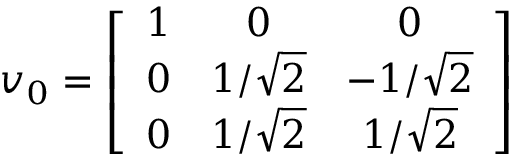
v _ { 0 } = \left[ \begin{array} { c c c } { { 1 } } & { { 0 } } & { { 0 } } \\ { { 0 } } & { { 1 / \sqrt { 2 } } } & { { - 1 / \sqrt { 2 } } } \\ { { 0 } } & { { 1 / \sqrt { 2 } } } & { { 1 / \sqrt { 2 } } } \end{array} \right]